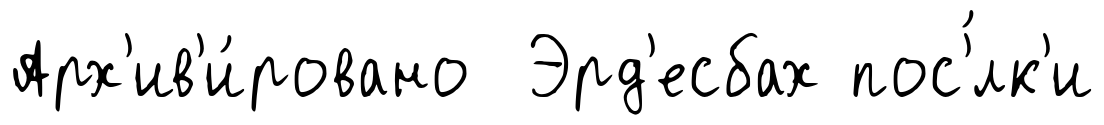
Арх'ив'и́ровано Эрд'есбах пос'́лк'и